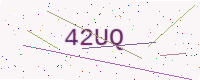
Text: 42UQ